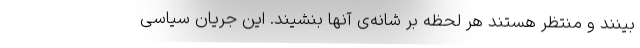
‌بینند و منتظر هستند هر لحظه بر شانه‌ی آنها بنشیند. این جریان سیاسی